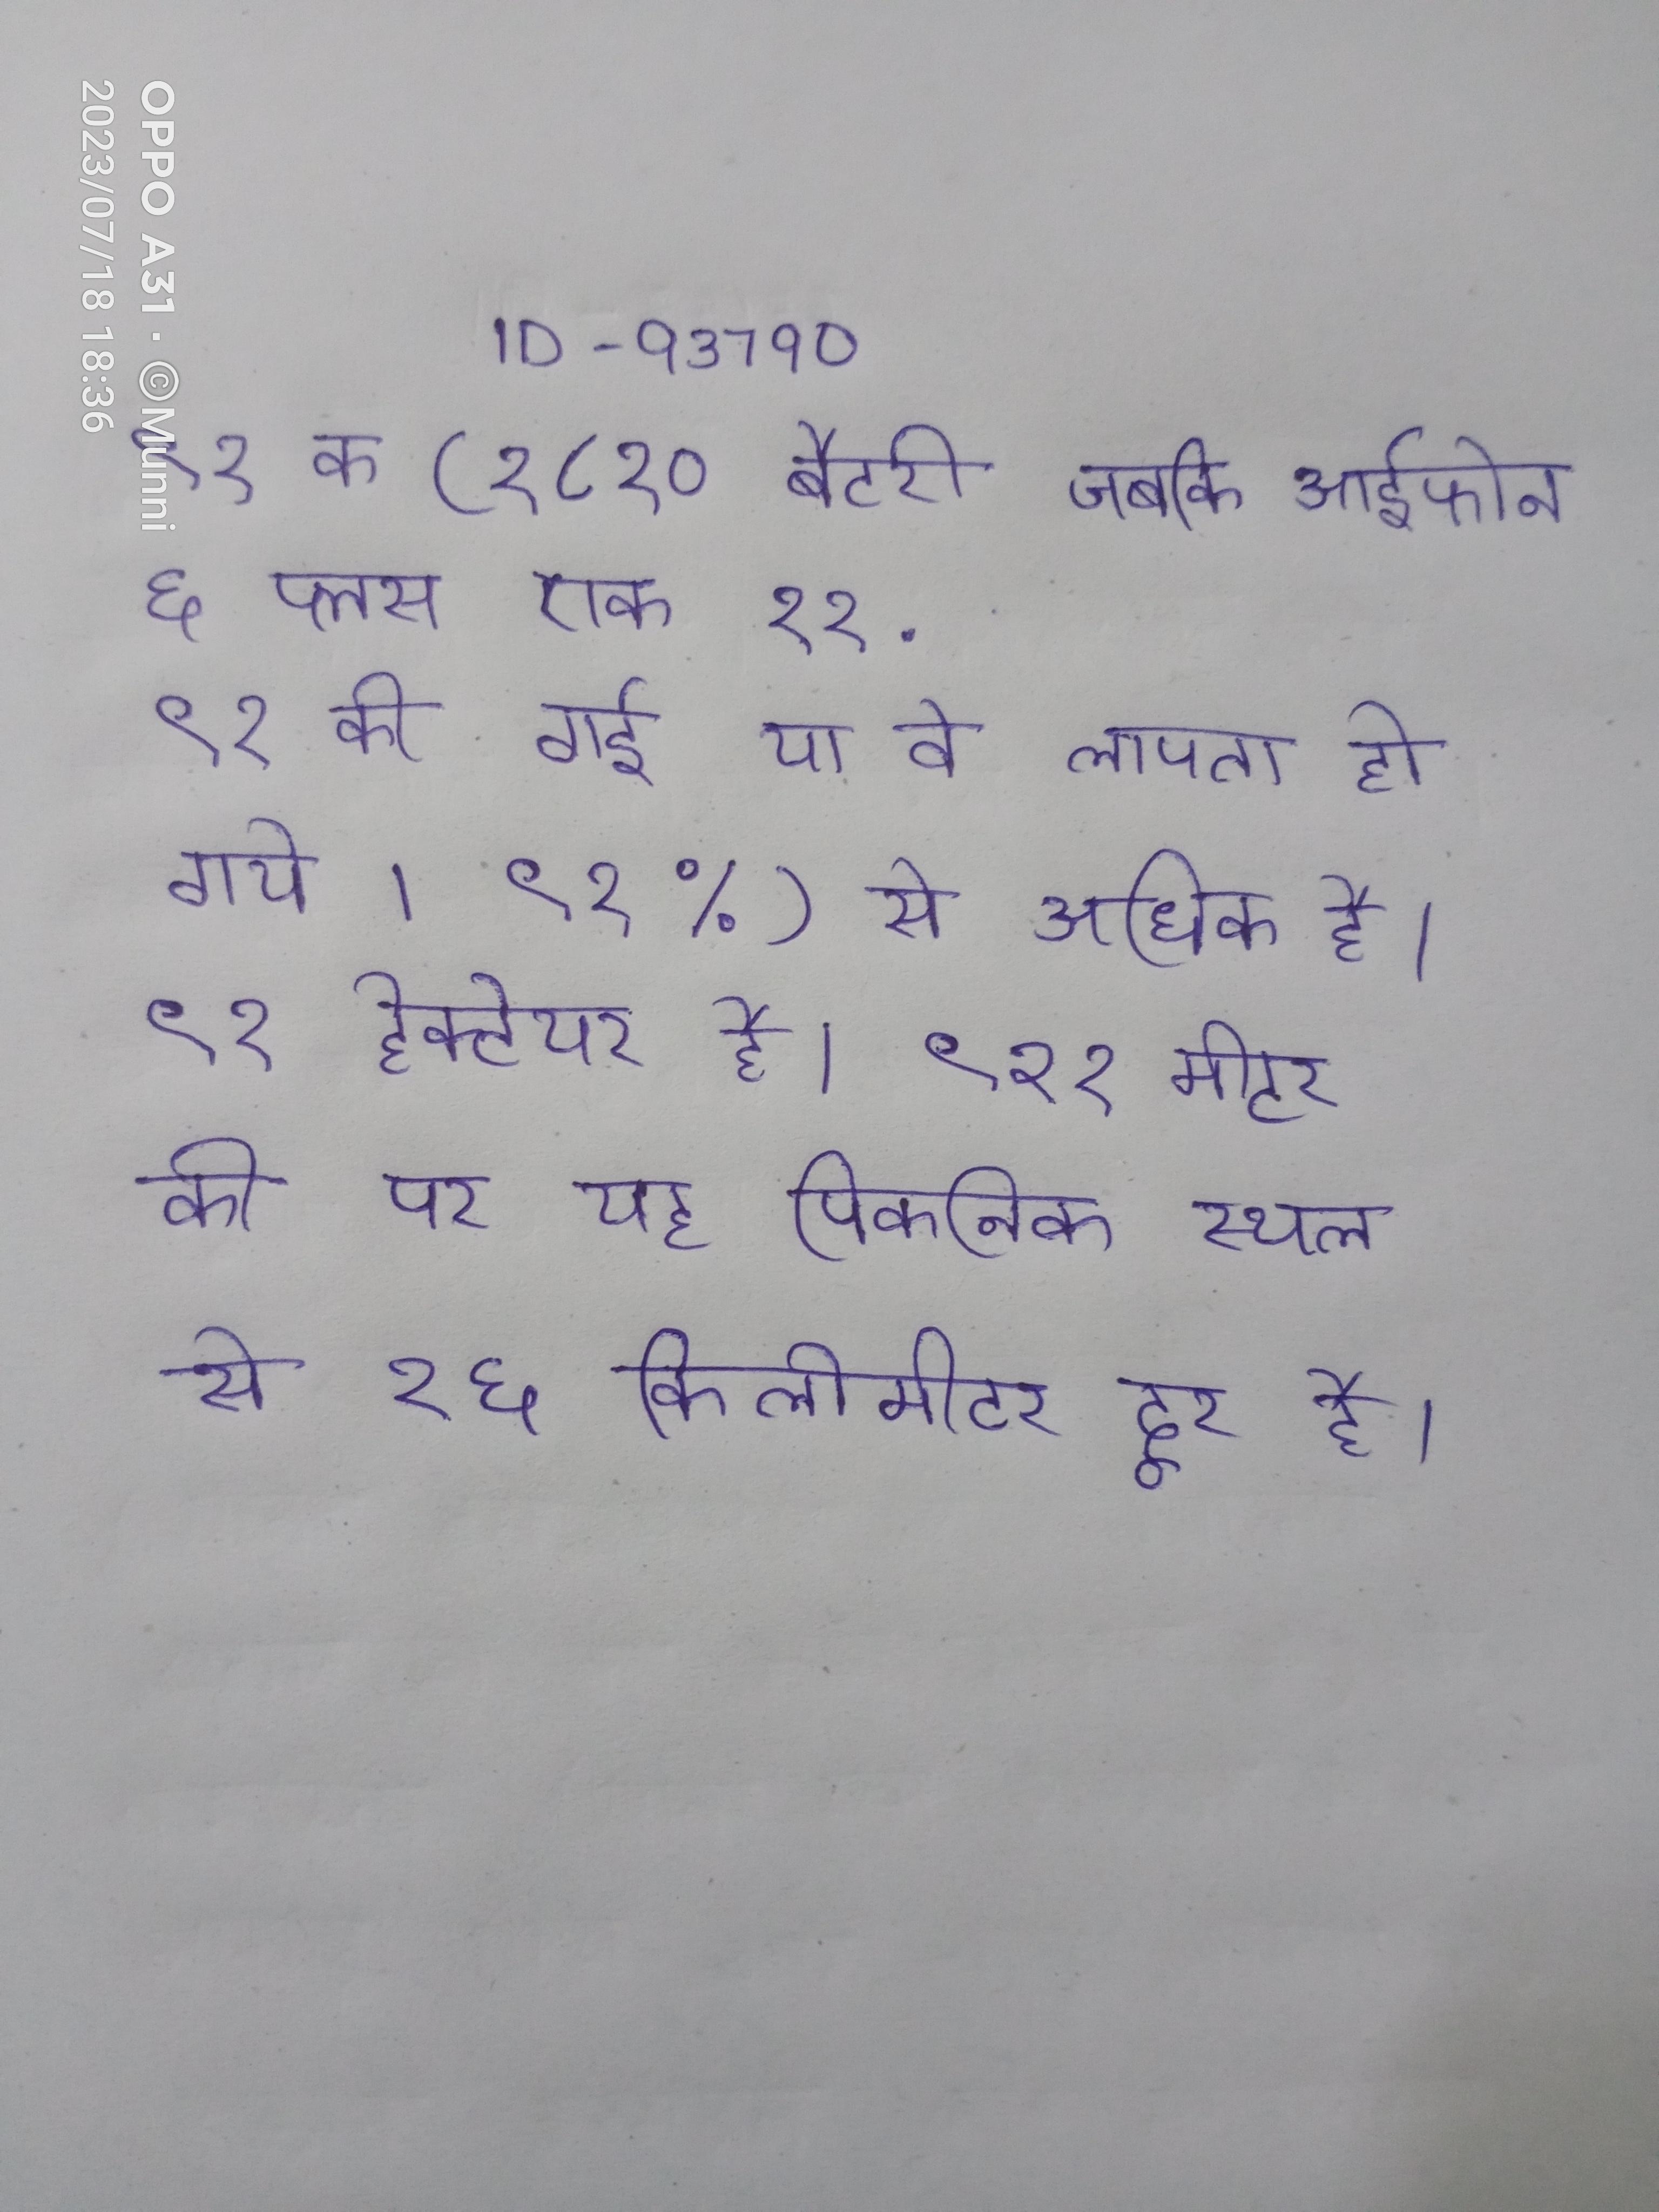
९१ क (१८१० बैटरी जबकि आईफोन ६ प्लस एक ११ . ९१ की गई या वे लापता हो गये । ९१%) से अधिक है । ९१ हेक्टेयर है । ९२१ मीटर की पर यह पिकनिक स्थल से १६ किलोमीटर दूर है ।